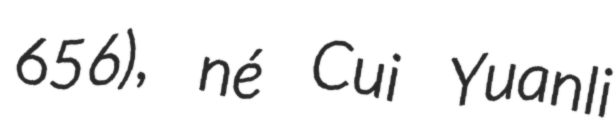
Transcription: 656), né Cui Yuanli